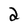
Character: 2